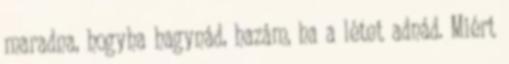
maradna, hogyha hagynád, hazám, ha a létet adnád. Miért